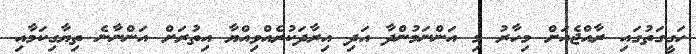
ހަގީގަތުގައި ރާއްޖެއަށް މިހާރު މި އަންނަމުންދާ އަދި އިރާދަކުރެއްވިއްޔާ އިތުރަށް އަންނާނެ ތިޔާގިކަމާއި